Account of plague administration in the Bombay Presidency from September 1896 till May 1897
Year: 1896
Disease focus: Plague
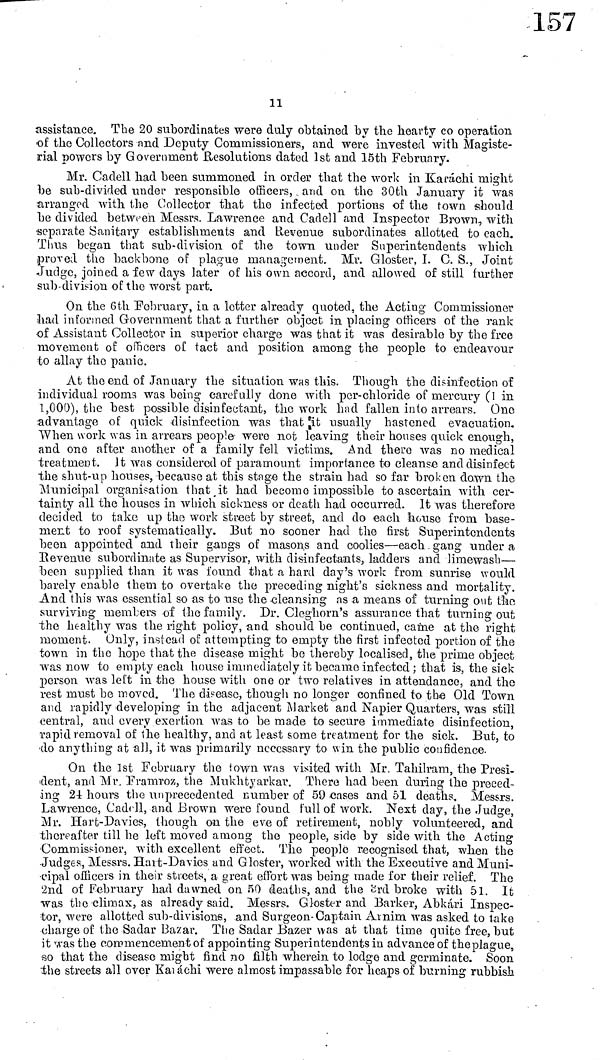
11
assistance. The 20 subordinates were duly obtained by the hearty co operation
of the Collectors and Deputy Commissioners, and were invested with Magiste-
rial powers by Government Resolutions dated 1st and 15th February.
Mr. Cadell had been summoned in order that the work in Karáchi might
be sub-divided under responsible officers, and on the 30th January it was
arranged with the Collector that the infected portions of the town should
be divided between Messrs. Lawrence and Cadell and Inspector Brown, with
separate Sanitary establishments and Revenue subordinates allotted to each.
Thus began that sub-division of the town under Superintendents which
proved the backbone of plague management. Mr. Gloster, I. C. S., Joint
Judge, joined a few days later of his own accord, and allowed of still further
sub-division of the worst part.
On the 6th February, in a letter already quoted, the Acting Commissioner
had informed Government that a further object in placing officers of the rank
of Assistant Collector in superior charge was that it was desirable by the free
movement of officers of tact and position among the people to endeavour
to allay the panic.
At the end of January the situation was this. Though the disinfection of
individual rooms was being carefully done with per-chloride of mercury (1 in
1,000), the best possible disinfectant, the work had fallen into arrears. One
advantage of quick disinfection was that it usually hastened evacuation.
When work was in arrears people were not leaving their houses quick enough,
and one after another of a family fell victims. And there was no medical
treatment. It was considered of paramount importance to cleanse and disinfect
the shut-up houses, because at this stage the strain had so far broken down the
Municipal organisation that , it had become impossible to ascertain with cer-
tainty all the houses in which sickness or death had occurred. It was therefore
decided to take up the work street by street, and do each house from base-
ment to roof systematically. Eut no sooner had the first Superintendents
been appointed and their gangs of masons and coolies—each.gang under a
Revenue subordinate as Supervisor, with disinfectants, ladders and limewash—
been supplied than it was found that a hard day's work from sunrise would
barely enable them to overtake the preceding night's sickness and mortality.
And this was essential so as to use the cleansing as a means of turning out the
surviving members of the family. Dr. Cleghorn's assurance that turning out
the healthy was the right policy, and should be continued, came at the right
moment. Only, instead of attempting to empty the first infected portion of the
town in the hope that the disease might be thereby localised, the prime object
was now to empty each house immediately it became infected ; that is, the sick
person was left in the house with one or two relatives in attendance, and the
rest must be moved. The disease, though no longer confined to the Old Town
and rapidly developing in the adjacent Market and Napier Quarters, was still
central, and every exertion was to be made to secure immediate disinfection,
rapid removal of the healthy, and at least some treatment for the sick. But, to
do anything at all, it was primarily necessary to win the public confidence.
On the 1st February the town was visited with Mr. Tahilram, the Presi-
dent, and Mr. Framroz, the Mukhtyarkar. There had been during the preced-
ing 2-1 hours the unprecedented number of 59 -cases and 51 deaths.. Messrs.
Lawrence, Cadell, and Brown were found full of work. Next day, the Judge,
Mr. Hart-Davies, though on the eve of retirement, nobly volunteered, and
thereafter till he left moved among the people, side by side with the Acting
Commissioner, with excellent effect. The people recognised that, when the
Judges., Messrs. Hart-Davies and Gloster, worked with the Executive and Muni-
cipal officers in their streets, a great effort was being made for their relief. The
2nd of February had dawned on 50 deaths, and the 3rd broke with 51. It
was the climax, as already said. Messrs. Gloster and Barker, Abkári Inspec-
tor, were allotted sub-divisions, and Surgeon-Captain Arnim was asked to take
charge of the Sadar Bazar. The Sadar Bazer was at that time quite free, but
it was the commencement of appointing Superintendents in advance of the plague,
so that the disease might find no filth wherein to lodge and germinate. Soon
the streets all over Karáchi were almost impassable for heaps of burning rubbish